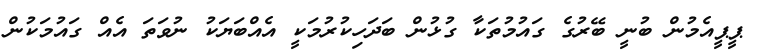
ޕީޕީއެމުން ބުނީ ބޭރުގެ ގައުމުތަކާ ގުޅުން ބަދަހިކުރުމަކީ އެއްބަޔަކު ނުވަތަ އެއް ގައުމަކުން